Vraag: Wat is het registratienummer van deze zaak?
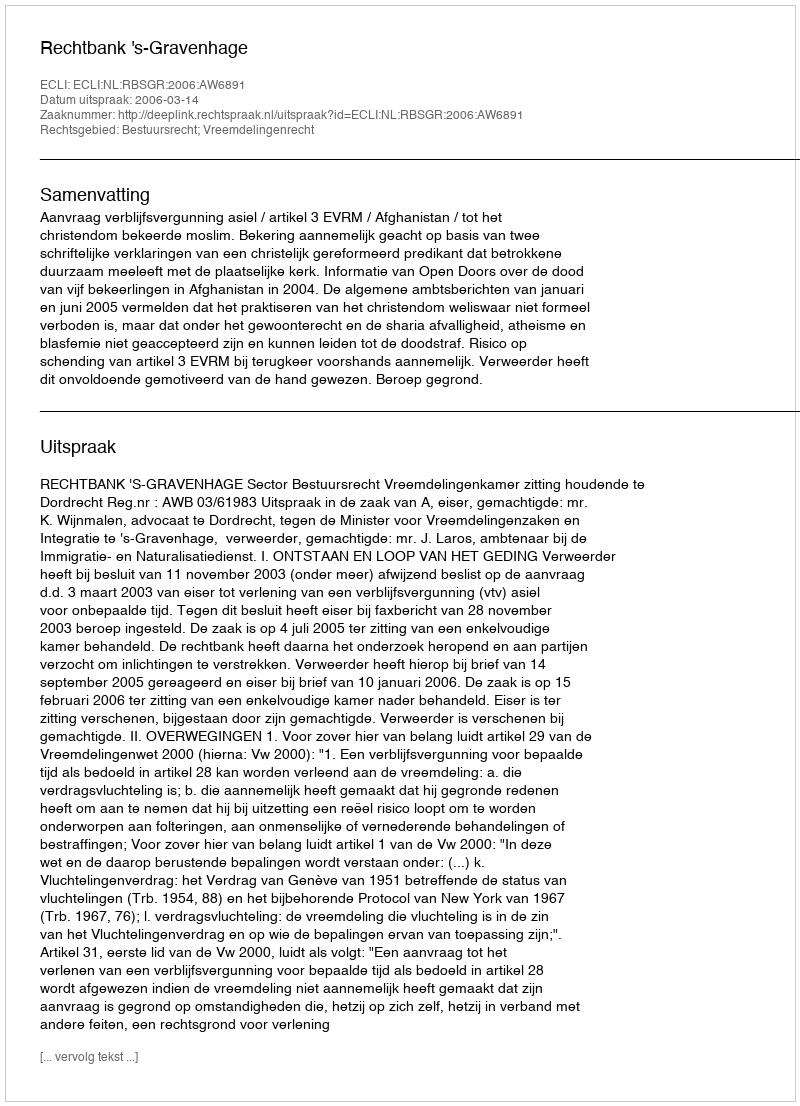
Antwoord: http://deeplink.rechtspraak.nl/uitspraak?id=ECLI:NL:RBSGR:2006:AW6891